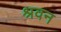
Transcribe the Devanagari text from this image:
श्रवन